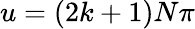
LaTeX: u=(2k+1)N\pi